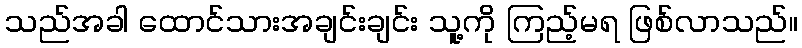
သည်အခါ ထောင်သားအချင်းချင်း သူ့ကို ကြည့်မရ ဖြစ်လာသည်။